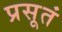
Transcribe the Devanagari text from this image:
प्रसूतं